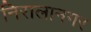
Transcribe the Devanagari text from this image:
निरालानगर